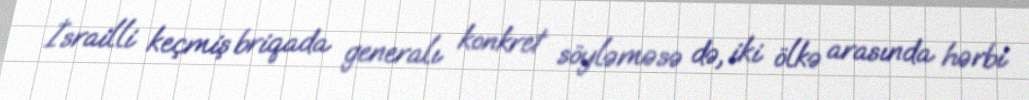
İsrailli keçmiş briqada generalı konkret söyləməsə də, iki ölkə arasında hərbi